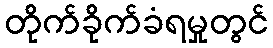
တိုက်ခိုက်ခံရမှုတွင်